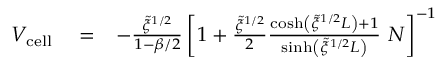
\begin{array} { r l r } { V _ { \mathrm { c e l l } } } & { { } = } & { - \frac { \tilde { \xi } ^ { 1 / 2 } } { 1 - \beta / 2 } \left[ 1 + \frac { \tilde { \xi } ^ { 1 / 2 } } { 2 } \frac { \cosh \left( \tilde { \xi } ^ { 1 / 2 } L \right) + 1 } { \sinh \left( \tilde { \xi } ^ { 1 / 2 } L \right) } \ N \right] ^ { - 1 } } \end{array}